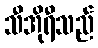
သီအိုရီသည်